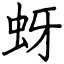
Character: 蚜